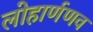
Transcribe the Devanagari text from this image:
लोहार्णणव